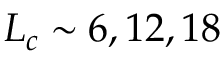
L _ { c } \sim 6 , 1 2 , 1 8